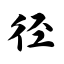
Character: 径